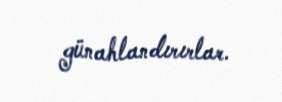
günahlandırırlar.